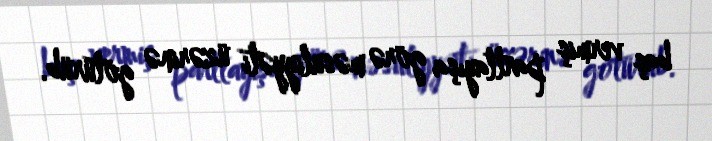
baş vermiş partlayışa görə məsuliyyəti üzərinə götürüb.